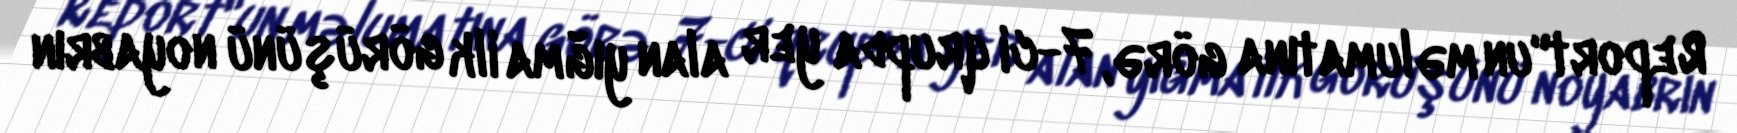
Report"un məlumatına görə, 7-ci qrupda yer alan yığma ilk görüşünü noyabrın